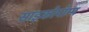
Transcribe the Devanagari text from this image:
साइकोपॉम्प